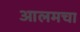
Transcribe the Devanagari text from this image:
आलमचा